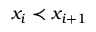
x _ { i } \prec x _ { i + 1 }